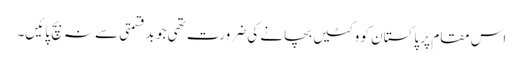
اس مقام پر پاکستان کو وکٹیں بچانے کی ضرورت تھی جو بدقسمتی سے نہ بچ پائیں۔